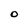
Character: O